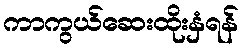
ကာကွယ်ဆေးထိုးနှံရန်